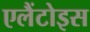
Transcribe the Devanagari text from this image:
एलैंटोइस